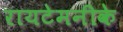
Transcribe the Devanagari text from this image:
रायटेमनीके